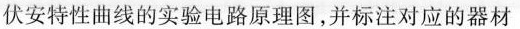
伏安特性曲线的实验电路原理图，并标注对应的器材